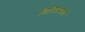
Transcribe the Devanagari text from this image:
विनिवेशकों